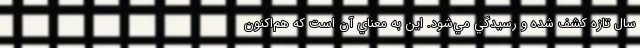
سال تازه كشف شده و رسيدگي مي‌شود. اين به معناي آن است كه هم‌اكنون